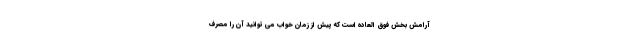
آرامش بخش فوق العاده است که پیش از زمان خواب می توانید آن را مصرف